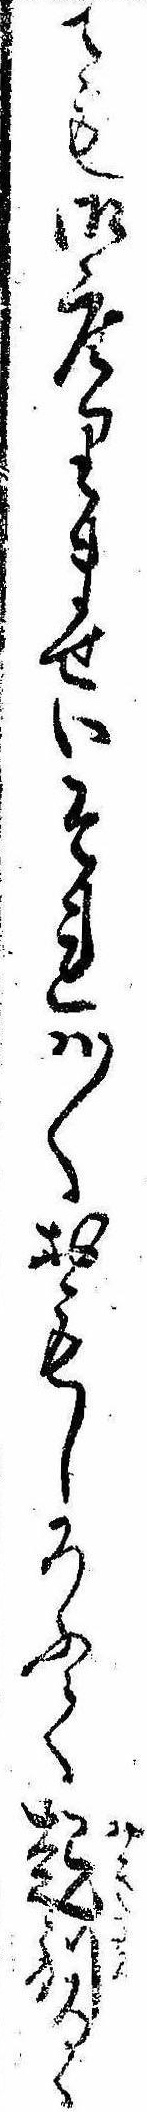
ても御座りませいそれは〱おもしろふて起別るゝ